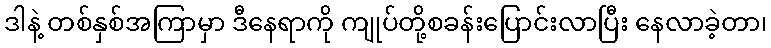
ဒါနဲ့ တစ်နှစ်အကြာမှာ ဒီနေရာကို ကျုပ်တို့စခန်းပြောင်းလာပြီး နေလာခဲ့တာ၊